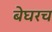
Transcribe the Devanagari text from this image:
बेघरच